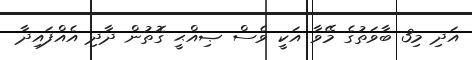
އަދި މި3 ބާވަތުގެ މޭވާ އަކީ ވެސް ޞިއްޙީ ގޮތުން ދާދި އެއްފައިދާ